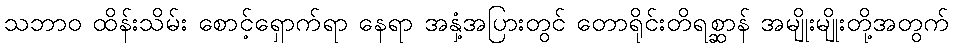
သဘာဝ ထိန်းသိမ်း စောင့်ရှောက်ရာ နေရာ အနှံ့အပြားတွင် တောရိုင်းတိရစ္ဆာန် အမျိုးမျိုးတို့အတွက်